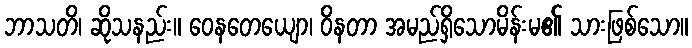
ဘာသတိ၊ ဆိုသနည်း။ ဝေနတေယျော၊ ဝိနတာ အမည်ရှိသောမိန်းမ၏ သားဖြစ်သော။